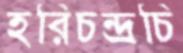
হরিচন্দ্রচি